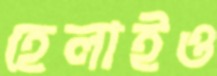
হেলাইও